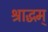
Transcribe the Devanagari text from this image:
श्राद्धम्‌